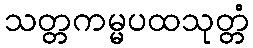
သတ္တကမ္မပထသုတ္တံ